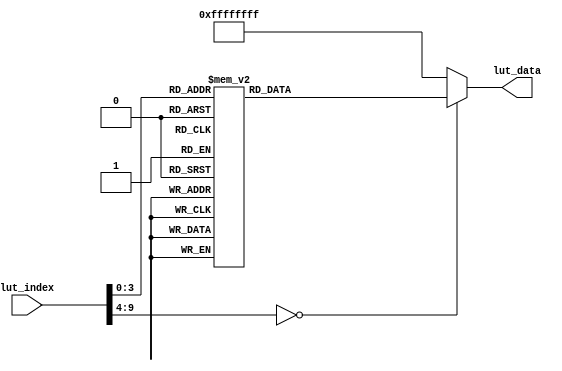
//////////////////////////////////////////////////////////////////////////////////
//                                                                              //
//                                                                              //
//          msq@qq.com                                                          //
//          ALINX(shanghai) Technology Co.,Ltd                                  //
//          heijin                                                              //
//     WEB: http://www.alinx.cn/                                                //
//     BBS: http://www.heijin.org/                                              //
//                                                                              //
//////////////////////////////////////////////////////////////////////////////////
//                                                                              //
// Copyright (c) 2017,ALINX(shanghai) Technology Co.,Ltd                        //
//                    All rights reserved                                       //
//                                                                              //
// This source file may be used and distributed without restriction provided    //
// that this copyright statement is not removed from the file and that any      //
// derivative work contains the original copyright notice and the associated    //
// disclaimer.                                                                  //
//                                                                              //
//////////////////////////////////////////////////////////////////////////////////

//================================================================================
//  Revision History:
//  Date          By            Revision    Change Description
//--------------------------------------------------------------------------------
//  2017/12/28     meisq          1.0         Original
//*******************************************************************************/

module lut_adv7511(
	input[9:0]             lut_index, // Look-up table index address
	output reg[31:0]       lut_data   // I2C device address register address register data
);

always@(*)
begin
	case(lut_index)
		//To be compatible with the 16bit register address, add 8'h00
		8'd0 	: 	lut_data	<= 	{8'h72,24'h004100};   //16'h4110; 	
		8'd1    : 	lut_data	<= 	{8'h72,24'h00d6c0};			
		8'd2 	: 	lut_data	<= 	{8'h72,24'h005512};			
		8'd3 	: 	lut_data	<= 	{8'h72,24'h001500};  //input id = 0x0 = 0000 = 24 bit RGB 4:4:4 or YCbCr 4:4:4 (separate syncs)
		8'd4    : 	lut_data	<= 	{8'h72,24'h00d03c};
		8'd5    : 	lut_data	<= 	{8'h72,24'h00af04};	
		8'd6    : 	lut_data	<= 	{8'h72,24'h004c04};	
		8'd7    : 	lut_data	<= 	{8'h72,24'h004000};		
		8'd8 	: 	lut_data	<= 	{8'h72,24'h009803};
		8'd9 	: 	lut_data	<= 	{8'h72,24'h009ae0};	
		8'd10	: 	lut_data	<=	{8'h72,24'h009c30};	
		8'd11	: 	lut_data	<= 	{8'h72,24'h009d61};	
		8'd12	: 	lut_data	<= 	{8'h72,24'h00a2a4};	
		8'd13	: 	lut_data	<= 	{8'h72,24'h00a3a4};	
		8'd14	: 	lut_data	<= 	{8'h72,24'h00e0d0};	
		8'd15	: 	lut_data	<= 	{8'h72,24'h00f900};
		
		default:lut_data <= {8'hff,16'hffff,8'hff};
	endcase
end


endmodule